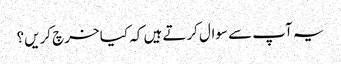
یہ آپ سے سوال کرتے ہیں کہ کیا خرچ کریں؟